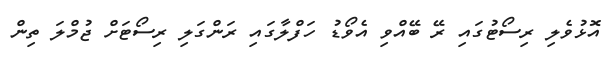
އޮޅުވެލި ރިސޯޓުގައި ރޭ ބޭއްވި އެވޯޑު ހަފްލާގައި ރަންގަލި ރިސޯޓަށް ޖުމްލަ ތިން